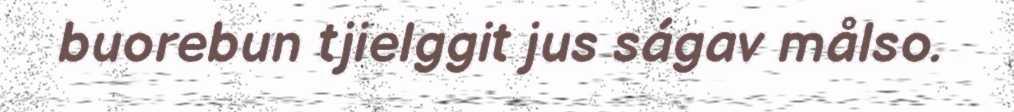
buorebun tjielggit jus ságav målso.